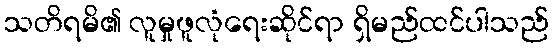
သတိရမိ၏ လူမှုဖူလုံရေးဆိုင်ရာ ရှိမည်ထင်ပါသည်